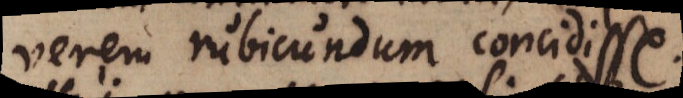
verem rubicundum concidisse.